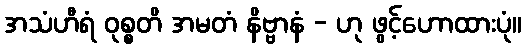
အသံဟီရံ ဝုစ္စတိ အမတံ နိဗ္ဗာနံ - ဟု ဖွင့်ဟောထားပုံ။